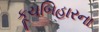
કૂચબિહારના